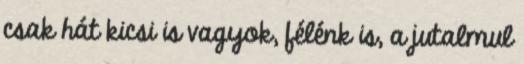
csak hát kicsi is vagyok, félénk is, a jutalmul